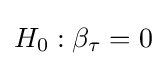
H_{0}:\beta _{\tau }=0